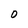
Character: 0